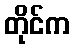
တိုင်က